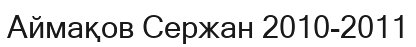
Аймақов Сержан 2010-2011